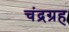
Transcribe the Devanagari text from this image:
चंद्रग्रह